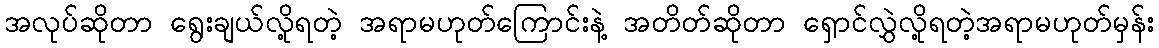
အလုပ်ဆိုတာ ရွေးချယ်လို့ရတဲ့ အရာမဟုတ်ကြောင်းနဲ့ အတိတ်ဆိုတာ ရှောင်လွှဲလို့ရတဲ့အရာမဟုတ်မှန်း